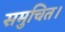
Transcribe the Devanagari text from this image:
समुचित।